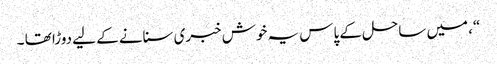
“، میں ساحل کے پاس یہ خوش خبری سنانے کے لیے دوڑا تھا ۔